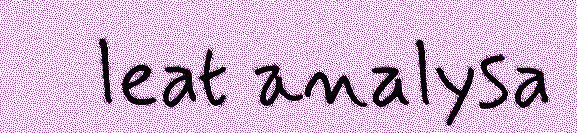
leat analysa